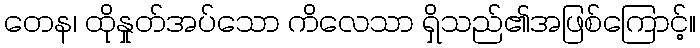
တေန၊ ထိုနှုတ်အပ်သော ကိလေသာ ရှိသည်၏အဖြစ်ကြောင့်။